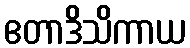
ဧတာဒိသိကာယ